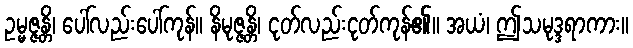
ဥမ္မဇ္ဇန္တိ၊ ပေါ်လည်းပေါ်ကုန်။ နိမုဇ္ဇန္တိ၊ ငုတ်လည်းငုတ်ကုန်၏။ အယံ၊ ဤသမုဒ္ဒရာကား။